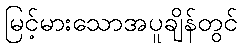
မြင့်မားသောအပူချိန်တွင်